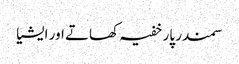
سمندر پار خفیہ کھاتے اور ایشیا